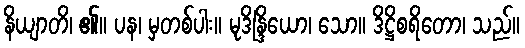
နိယျာတိ၊ ၏။ ပန၊ မှတစ်ပါး။ မုဒိန္ဒြိယော၊ သော။ ဒိဋ္ဌိစရိတော၊ သည်။